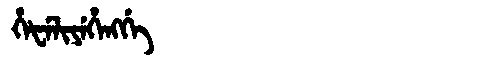
Manchu: ᡥᡝᡶᡝᠯᡳᠶᡝᡥᡝᠩᡤᡝ
Romanization: HEFELIYEHENGGE